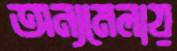
অন্যমেলায়